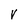
Character: V